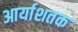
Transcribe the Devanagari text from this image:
आर्याशतक